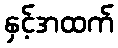
နှင့်အထက်